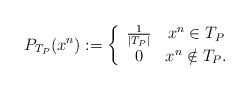
\begin{align*}P_{T_P}(x^n):=\left\{\begin{array}{cc}\frac{1}{|T_P|} & {x}^n \in T_P \\0 & {x}^n \notin T_P.\end{array}\right.\end{align*}